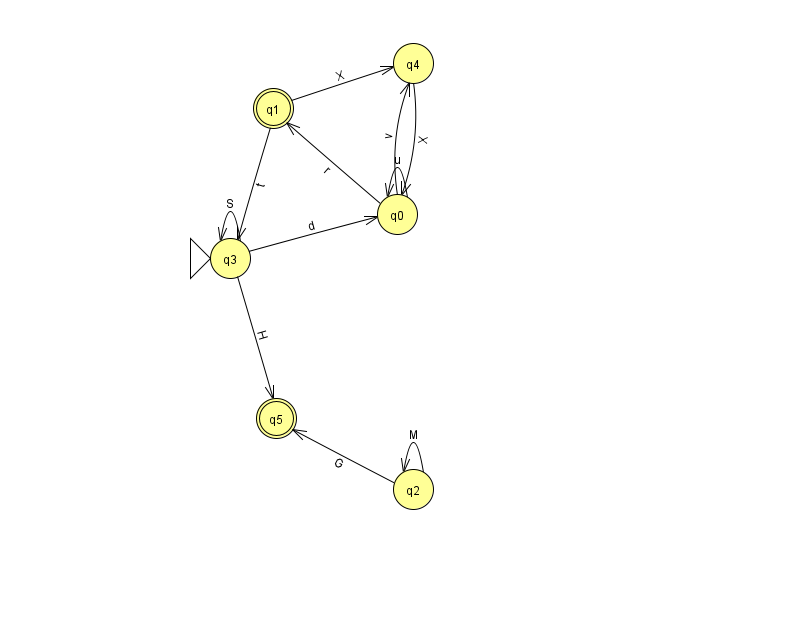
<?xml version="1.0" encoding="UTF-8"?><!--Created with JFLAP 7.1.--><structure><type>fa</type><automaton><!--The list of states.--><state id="0" name="q0"><x>397.0</x><y>201.0</y></state><state id="1" name="q1"><x>273.0</x><y>95.0</y><final/></state><state id="2" name="q2"><x>413.0</x><y>476.0</y></state><state id="3" name="q3"><x>230.0</x><y>245.0</y><initial/></state><state id="4" name="q4"><x>413.0</x><y>50.0</y></state><state id="5" name="q5"><x>276.0</x><y>405.0</y><final/></state><!--The list of transitions.--><transition><from>1</from><to>3</to><read>t</read></transition><transition><from>0</from><to>1</to><read>r</read></transition><transition><from>3</from><to>0</to><read>d</read></transition><transition><from>3</from><to>3</to><read>S</read></transition><transition><from>0</from><to>4</to><read>v</read></transition><transition><from>0</from><to>0</to><read>u</read></transition><transition><from>1</from><to>4</to><read>X</read></transition><transition><from>2</from><to>5</to><read>G</read></transition><transition><from>4</from><to>0</to><read>X</read></transition><transition><from>3</from><to>5</to><read>H</read></transition><transition><from>2</from><to>2</to><read>M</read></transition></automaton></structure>